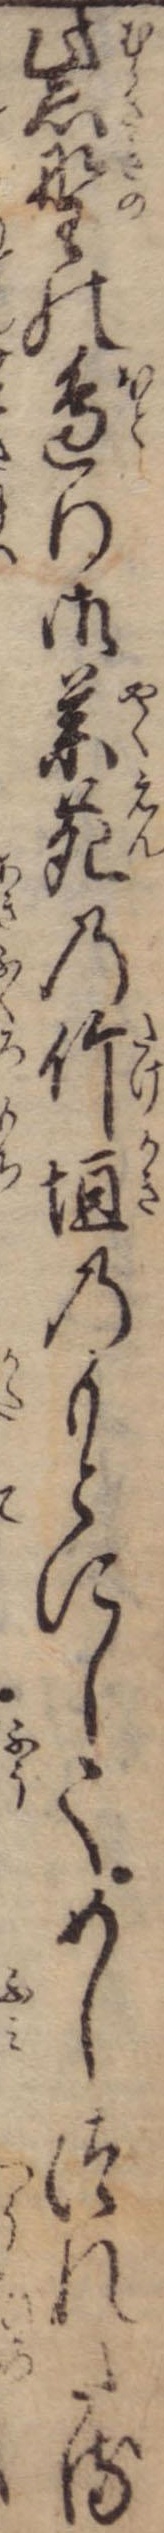
紫野の辺り御薬園の竹垣のもとにしてめしつれたる